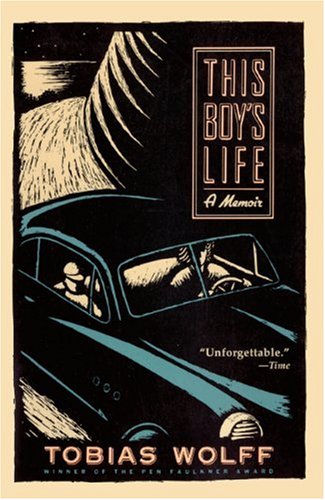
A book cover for This Boy's Life (Turtleback School & Library Binding Edition); Tobias Wolff; Teen & Young Adult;